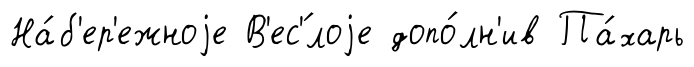
На́б'ер'ежноjе В'ес'́лоjе допо́лн'ив Па́харь